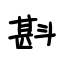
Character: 斟